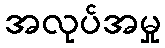
အလုပ်အမှု